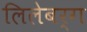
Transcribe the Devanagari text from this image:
लिलेबर्ग